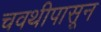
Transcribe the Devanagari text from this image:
चवथीपासून